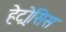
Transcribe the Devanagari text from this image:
हेट्रोसिस